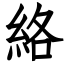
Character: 絡